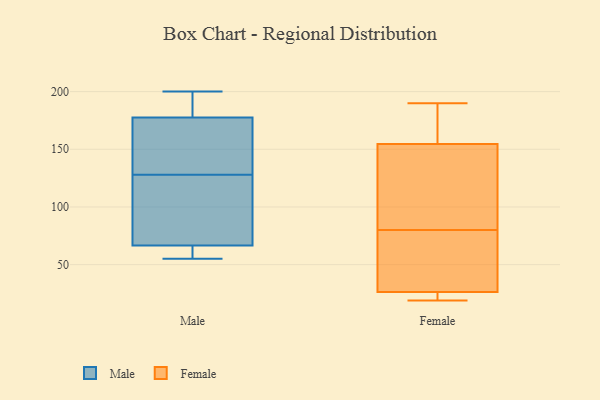
{"axis": {"x": "Backlog", "y": "Value"}, "legend": ["Female", "Male"], "data": [{"x": "", "y": 61, "type": "Male"}, {"x": "", "y": 56, "type": "Male"}, {"x": "", "y": 148, "type": "Male"}, {"x": "", "y": 184, "type": "Male"}, {"x": "", "y": 83, "type": "Male"}, {"x": "", "y": 114, "type": "Male"}, {"x": "", "y": 128, "type": "Male"}, {"x": "", "y": 60, "type": "Male"}, {"x": "", "y": 200, "type": "Male"}, {"x": "", "y": 118, "type": "Male"}, {"x": "", "y": 55, "type": "Male"}, {"x": "", "y": 158, "type": "Male"}, {"x": "", "y": 156, "type": "Male"}, {"x": "", "y": 196, "type": "Male"}, {"x": "", "y": 197, "type": "Male"}, {"x": "", "y": 33, "type": "Female"}, {"x": "", "y": 153, "type": "Female"}, {"x": "", "y": 80, "type": "Female"}, {"x": "", "y": 19, "type": "Female"}, {"x": "", "y": 182, "type": "Female"}, {"x": "", "y": 23, "type": "Female"}, {"x": "", "y": 155, "type": "Female"}, {"x": "", "y": 19, "type": "Female"}, {"x": "", "y": 24, "type": "Female"}, {"x": "", "y": 190, "type": "Female"}, {"x": "", "y": 47, "type": "Female"}, {"x": "", "y": 127, "type": "Female"}, {"x": "", "y": 179, "type": "Female"}, {"x": "", "y": 73, "type": "Female"}, {"x": "", "y": 140, "type": "Female"}]}